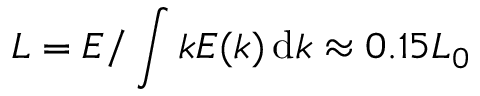
L = { \cal E } / \int k E ( k ) \, \mathrm { d } k \approx 0 . 1 5 L _ { 0 }